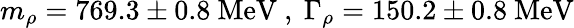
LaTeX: m_{\rho}=769.3\pm 0.8\ \mathrm{MeV}\ ,\ \Gamma_{\rho}=150.2\pm 0.8\ \mathrm{MeV}